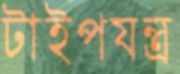
টাইপযন্ত্র